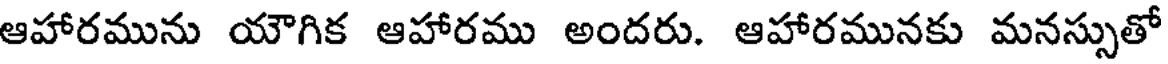
ఆహారమును యౌగిక ఆహారము అందరు. ఆహారమునకు మనస్సుతో